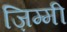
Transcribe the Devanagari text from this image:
ज़िम्मी